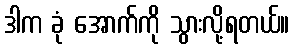
ဒါက ခုံ အောက်ကို သွားလို့ရတယ်။